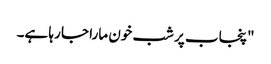
"پنجاب پر شب خون مارا جا رہا ہے۔